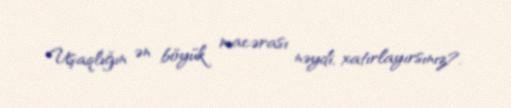
Uşaqlığın ən böyük macərası nəydi, xatırlayırsınız?.